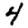
Digit: 4